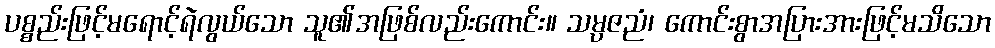
ပစ္စည်းဖြင့်မရောင့်ရဲလွယ်သော သူ၏အဖြစ်လည်းကောင်း။ သမ္ပဇညံ၊ ကောင်းစွာအပြားအားဖြင့်မသိသော